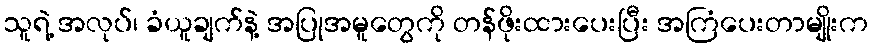
သူရဲ့ အလုပ်၊ ခံယူချက်နဲ့ အပြုအမူတွေကို တန်ဖိုးထားပေးပြီး အကြံပေးတာမျိုးက